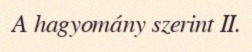
A hagyomány szerint II.